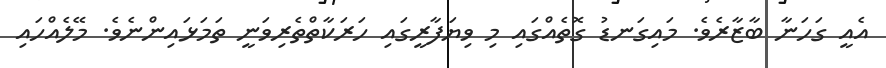
އެއީ ގަހަނާ ބާޒާރެވެ. މައިގަނޑު ގޮތެއްގައި މި ވިޔަފާރީގައި ހަރަކާތްތެރިވަނީ ތަމަޅައިންނެވެ. މޭލެއްހައި